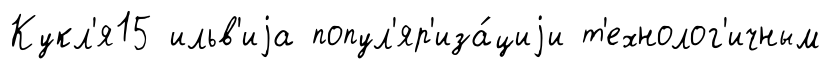
Кукл'я15 ильв'иjа попул'яр'иза́циjи т'ехнолог'ичным